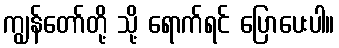
ကျွန်တော်တို့ သို့ ရောက်ရင် ပြောပေးပါ။